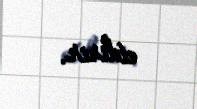
etdirir.